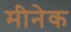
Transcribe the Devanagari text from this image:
मीनेक